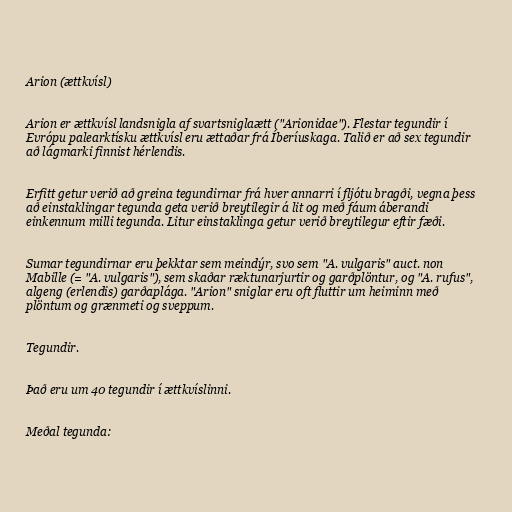
Arion (ættkvísl)

Arion er ættkvísl landsnigla af svartsniglaætt ("Arionidae"). Flestar tegundir í
Evrópu palearktísku ættkvísl eru ættaðar frá Íberíuskaga. Talið er að sex tegundir
að lágmarki finnist hérlendis.

Erfitt getur verið að greina tegundirnar frá hver annarri í fljótu bragði, vegna þess
að einstaklingar tegunda geta verið breytilegir á lit og með fáum áberandi
einkennum milli tegunda. Litur einstaklinga getur verið breytilegur eftir fæði.

Sumar tegundirnar eru þekktar sem meindýr, svo sem "A. vulgaris" auct. non
Mabille (= "A. vulgaris"), sem skaðar ræktunarjurtir og garðplöntur, og "A. rufus",
algeng (erlendis) garðaplága. "Arion" sniglar eru oft fluttir um heiminn með
plöntum og grænmeti og sveppum.

Tegundir.

Það eru um 40 tegundir í ættkvíslinni.

Meðal tegunda: